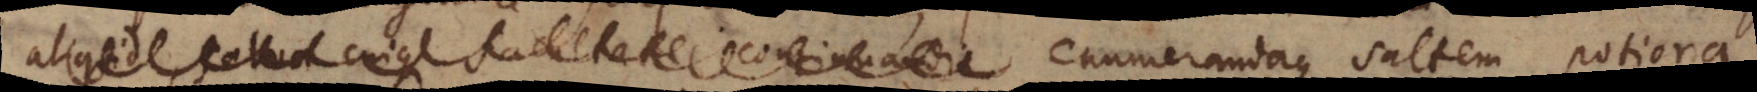
aliquid, salva cuique facultate continuandi enumerandaque saltem potiora